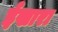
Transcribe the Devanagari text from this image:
ईखारा